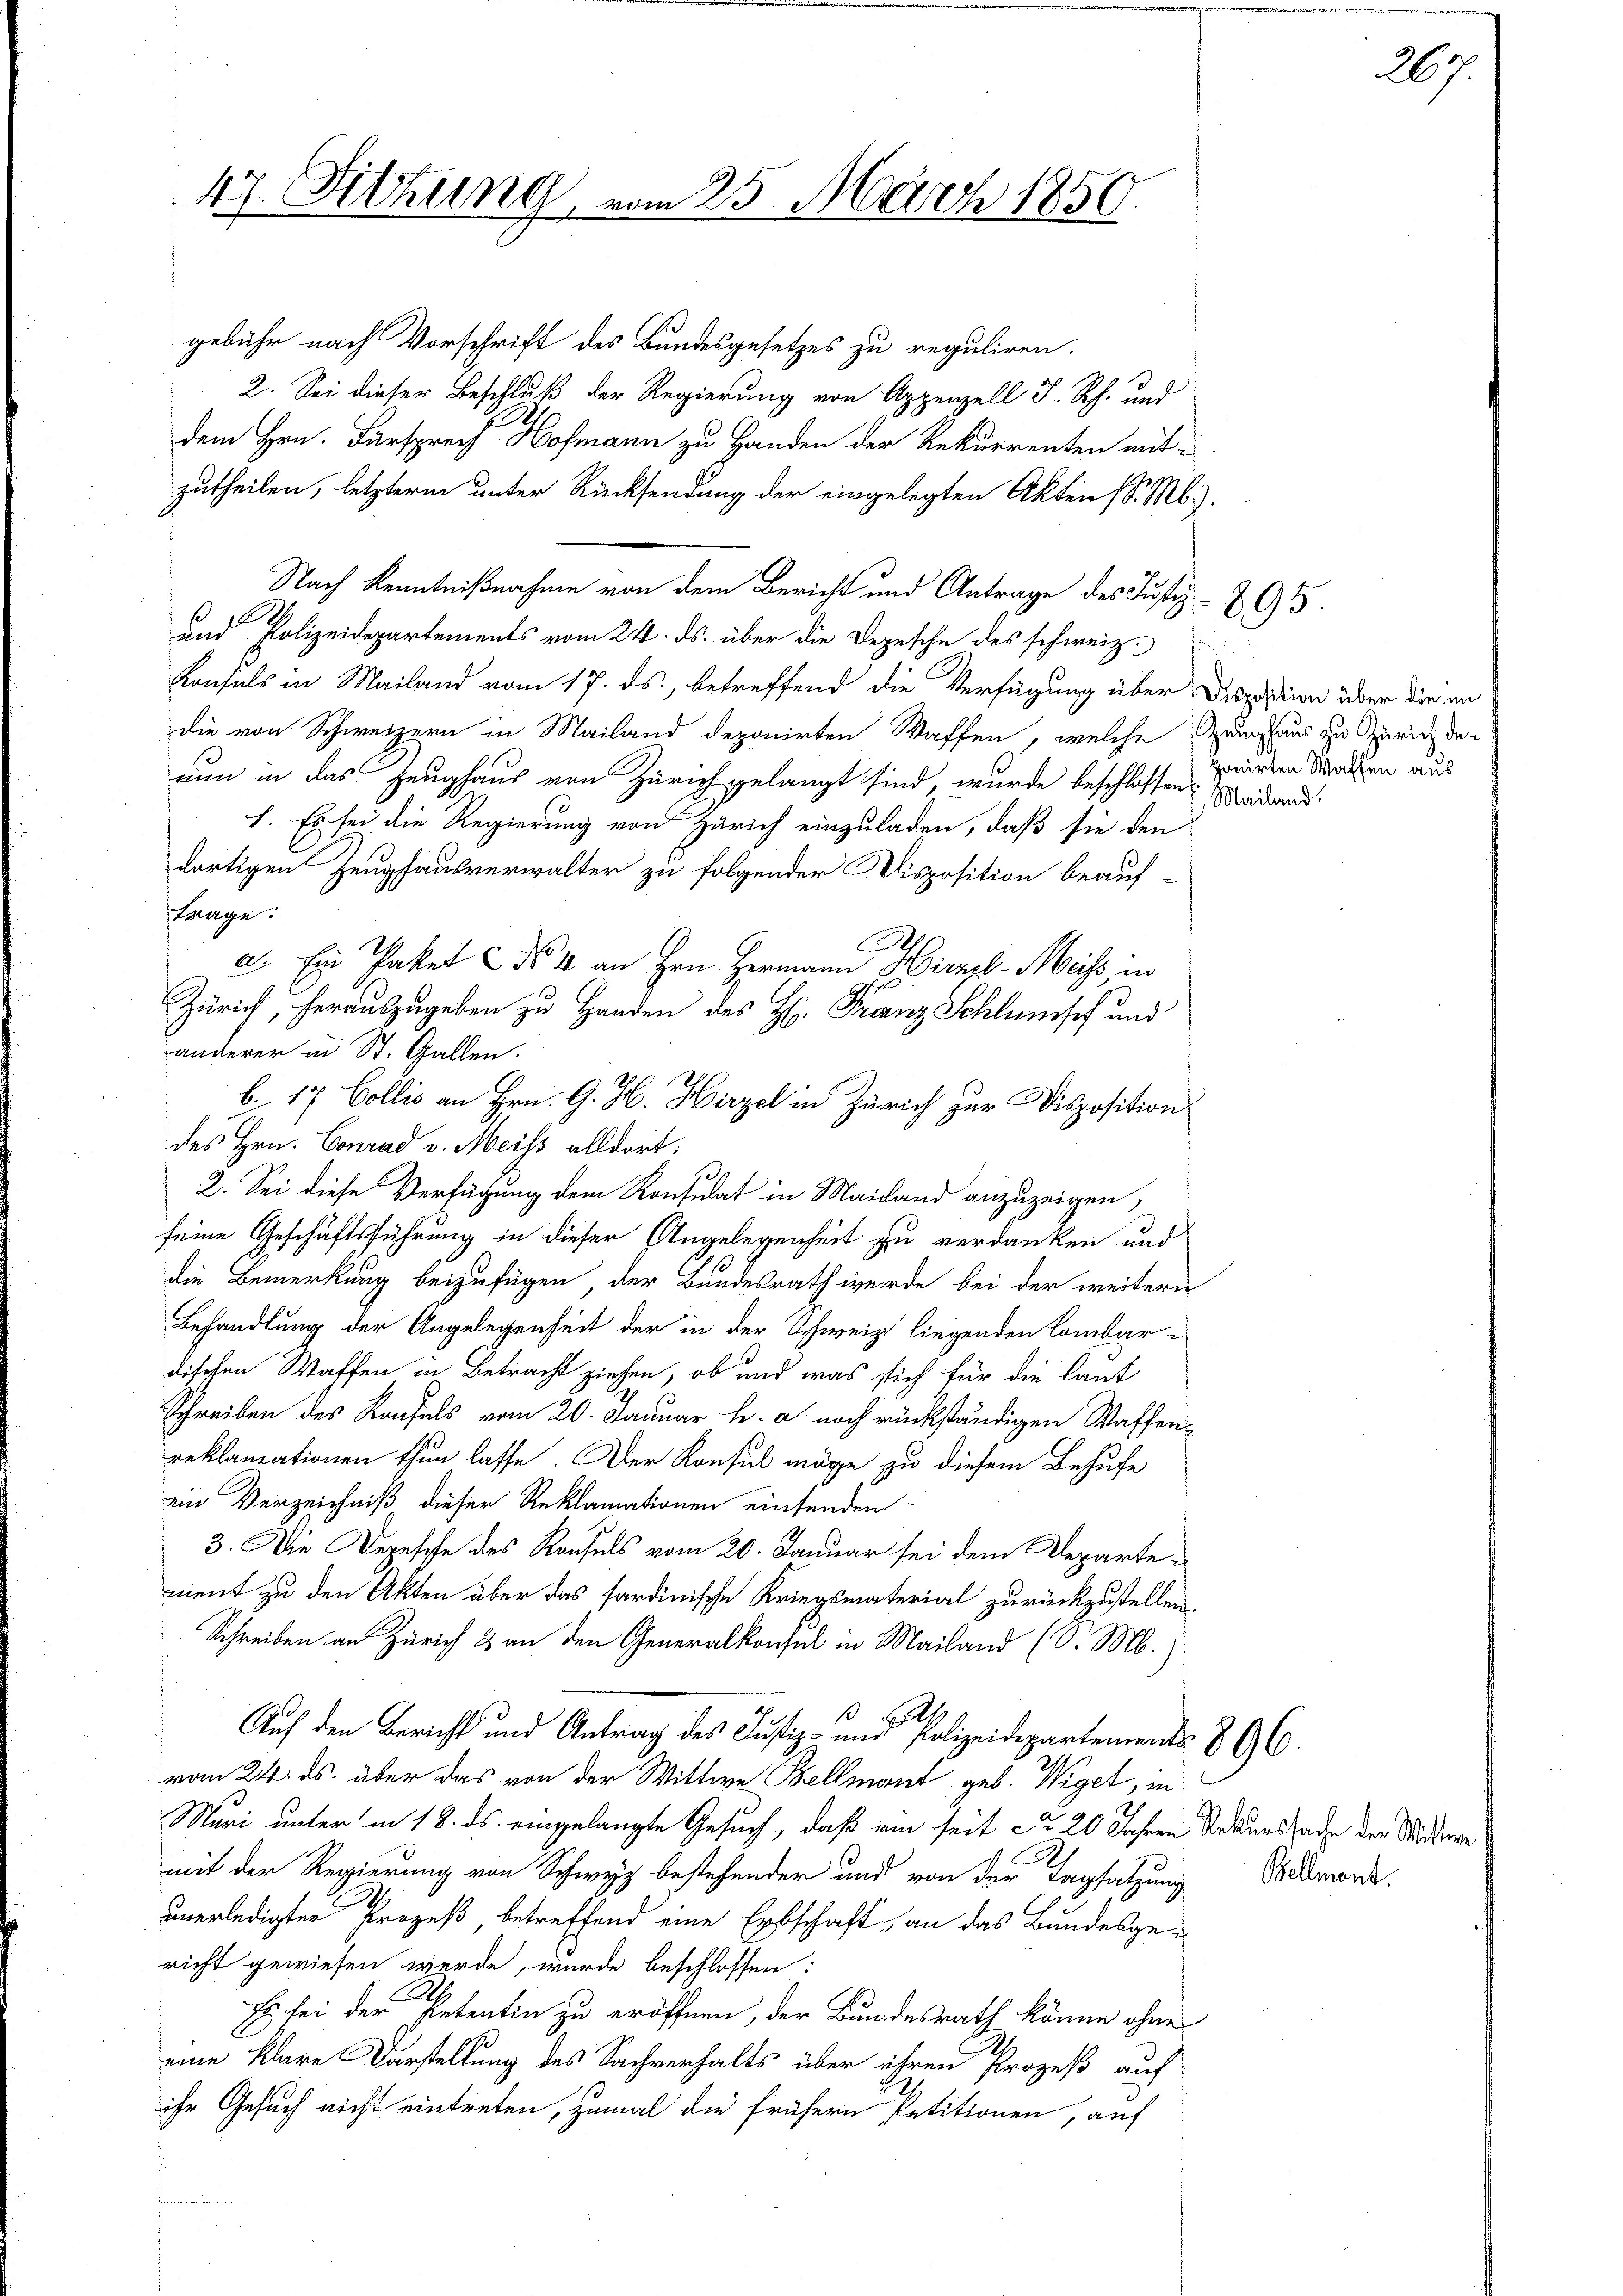
47. Sitzung vom 25. März 1850.

gebühr nach Vorschrift des Bundesgesetzes zu reguliren.
2. Sei dieser Beschluß der Regierung von Appenzell I. Rh. und
dem Hrn. Fürsprech Hofmann zu Handen der Rekurrenten mit-
zutheilen, letzterm unter Rücksendung der eingelegten Akten d. M.
Nach Kenntnißnahme von dem Bericht und Antrage des Justiz- & G
und Polizeidepartements vom 24. ds. über die Depesche des schweiz.
Konsuls in Mailand vom 17. ds., betreffend die Verfügung über Disposition über die an
die von Schweizern in Mailand deponirten Waffen, welche Zeughaus zu Zürich de
nun in das Zeughaus von Zürich gelangt sind, wurde beschlossen:
1. Es sei die Regierung von Zürich einzuladen, daß sie den
dortigen Zeughausverwalter zu folgender Disposition beauf-
tange.
.
a. Ein Paket No 4 an Hrn. Hermann Hirzel - Meiss, in
Zürich, herauszugeben zu Handen des H. Franz Schlunsch und
anderer in St. Gallen.
des Hrn. Conrad v. Meiss alldort.
2. Sei diese Verfügung dem Konsulat in Mailand anzuzeigen,
seine Geschäftsführung in dieser Angelegenheit zu verdanken und
die Bemerkung beizufügen, der Bundesrath wurde bei der weitern
Behandlung der Angelegenheit der in der Schweiz liegenden Lombar-
dischen Waffen in Betracht ziehen, ob und was sich für die laut
Schreiben des Konsuls vom 20. Januar h. a. noch rückständigen Waffenreklamationen thun lasse. Der Konsul möge zu diesem Behufe
ein Verzeichniß dieser Reklamationen eintenden
3. Die Depesche des Konsuls vom 20. Januar sei dem Departement zu den Akten über das sardinische Kriegsmaterial zurückzustellen.
Schreiben an Zürich 2 an den Generalkonsul in Mailand (d. M.)
Auf den Bericht und Antrag des Justiz- und Polizeidepartements 896.
vom 24. ds. über das von der Wittwe Bellmant geb. Wiget, in
Muri unter in 18. ds. eingelangte Gesuch, daß ein seit ca 20 Jahren Rekurssade der Mitere
mit der Regierung von Schwyz bestehender und von der Tagsatzung
unerledigter Prozeß, betreffend eine Erbschaft, an das Bundesgericht gewiesen werde, wurde beschlossen:
Es sei der Petentin zu eröffnen, der Bundesrath könne ohne
eine klare Darstellung des Sachverhalts über ihren Prozeß auf
ihr Gesuch nicht eintreten, zumal die frühern Petitionen, auf

b. 17 Collis an Hrn. G. H. Hirzel in Zürich zur Disposition

26

ponirten Waffen aus
Mailand.

Bellment.